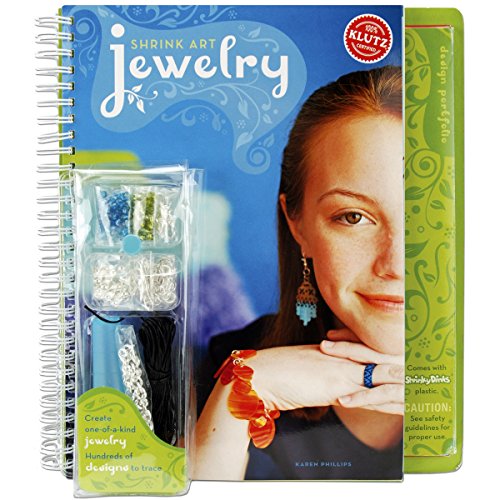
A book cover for Shrink Art Jewelry Book Kit-; Karen Phillips; Crafts, Hobbies & Home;